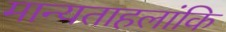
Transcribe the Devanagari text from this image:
मान्यताहलांकि